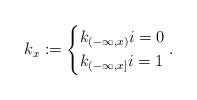
LaTeX: \begin{align*}k_x := \begin{cases*}k_{(-\infty, x)} i=0 \\k_{(-\infty, x]} i=1\end{cases*}.\end{align*}